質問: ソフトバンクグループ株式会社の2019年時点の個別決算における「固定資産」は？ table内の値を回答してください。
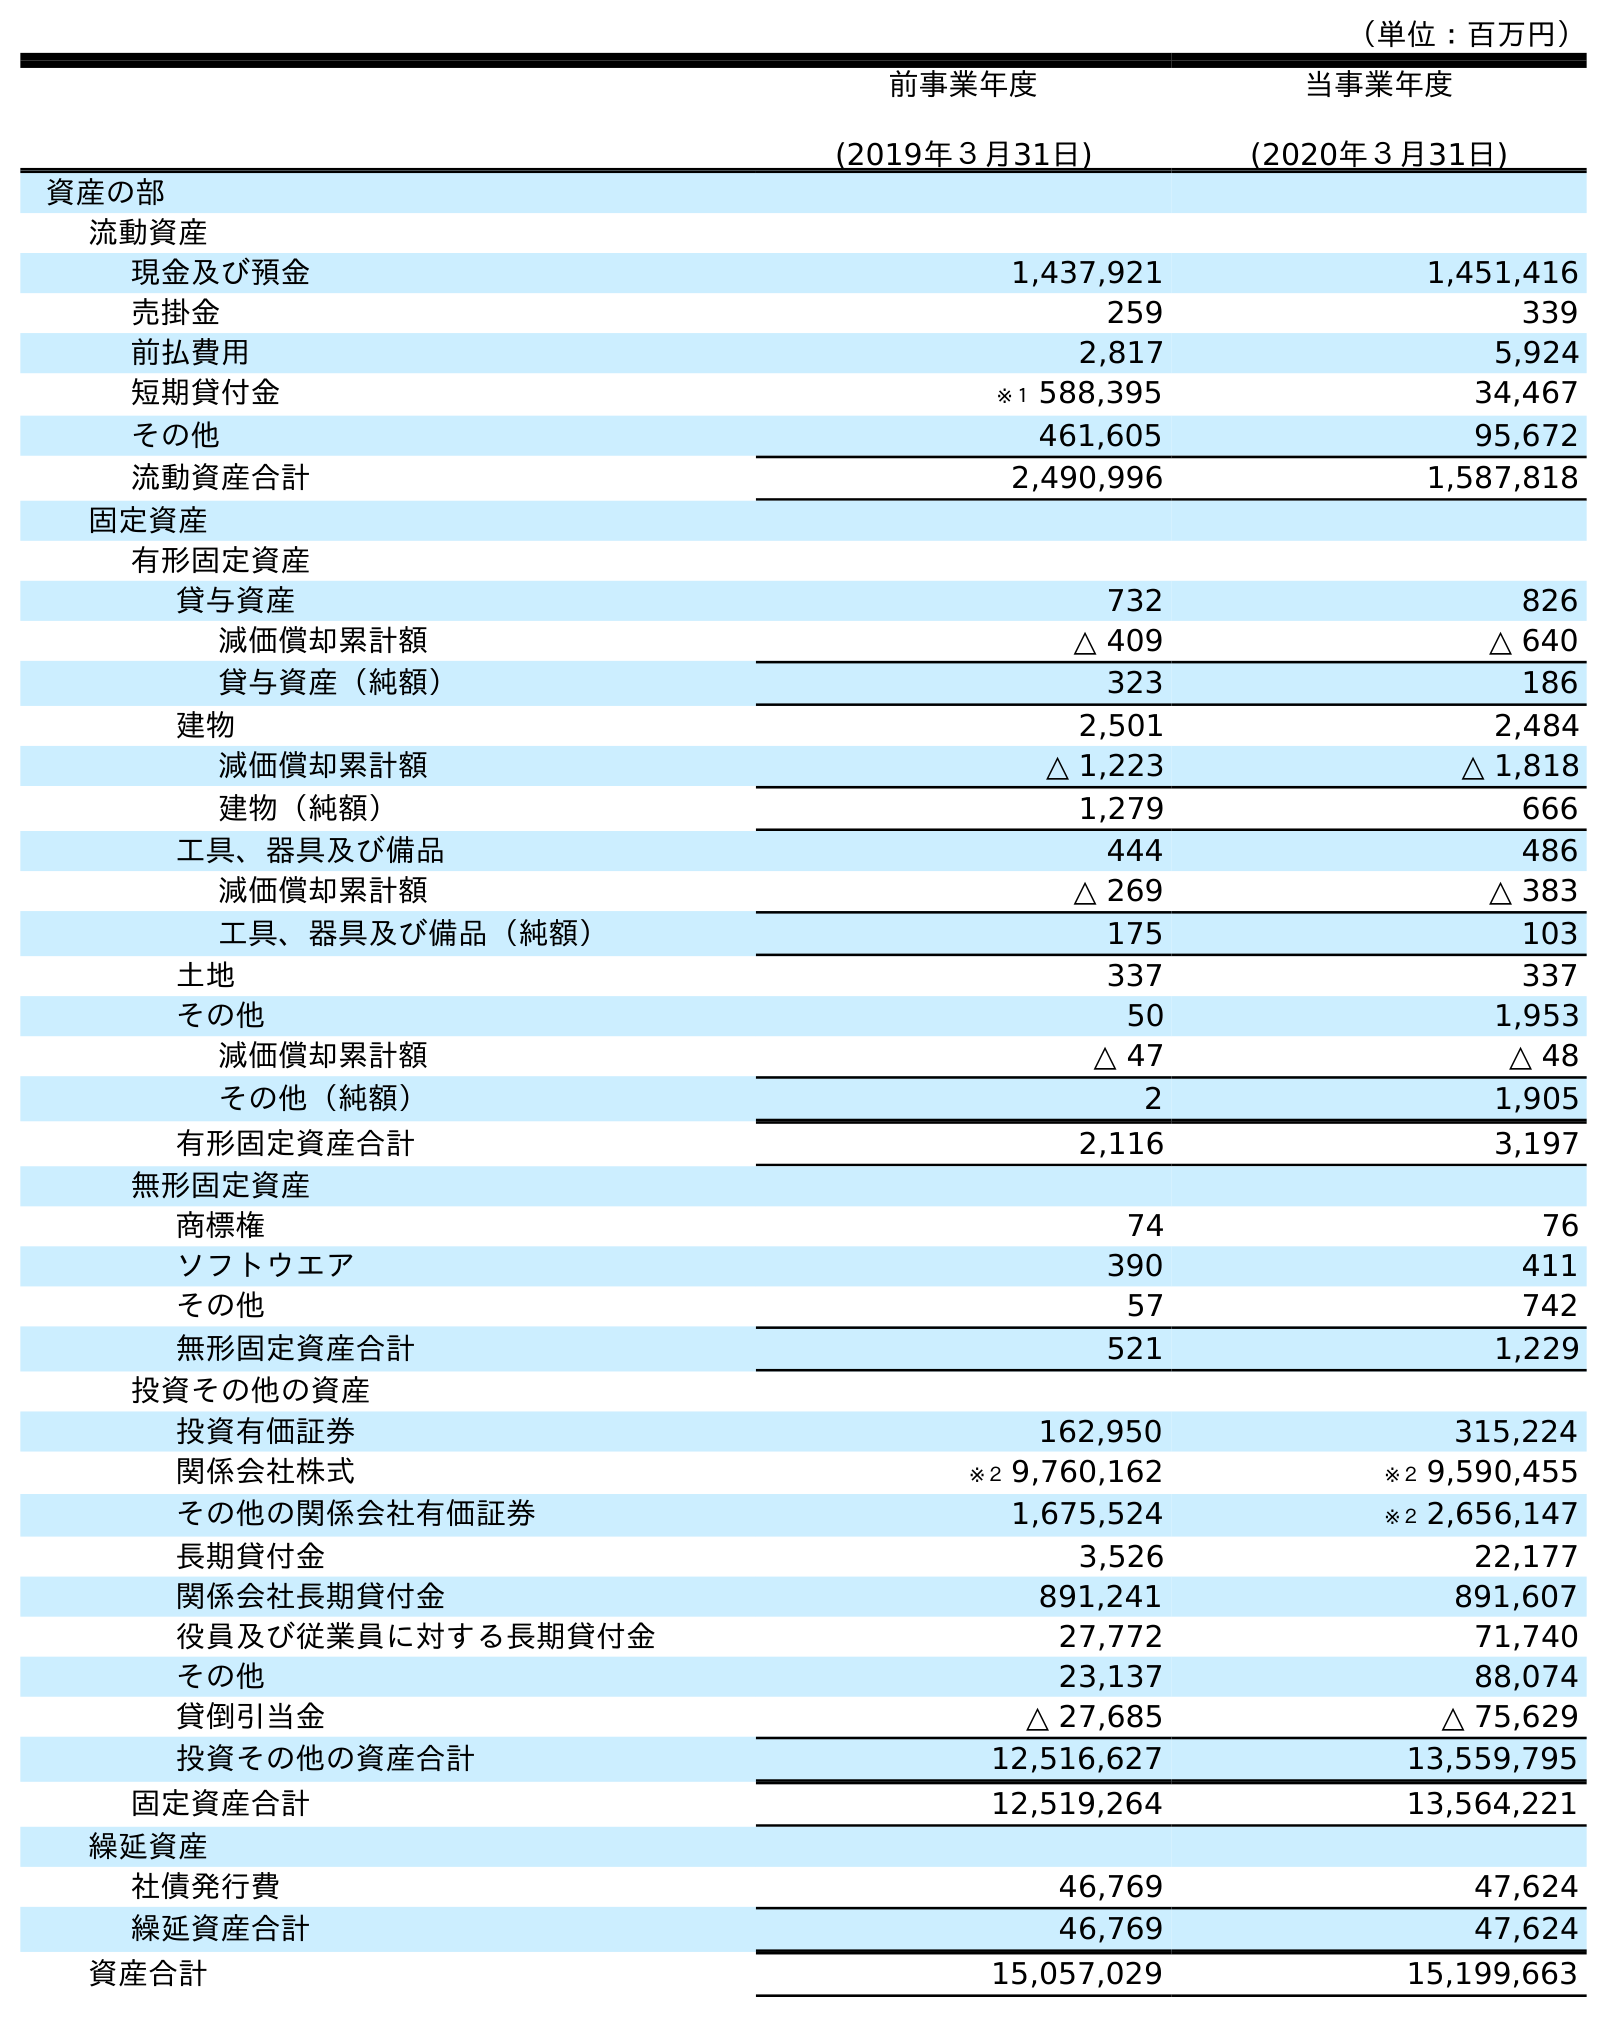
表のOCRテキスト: （単位：百万円） 前事業年度 (2019年３月31日) 当事業年度 (2020年３月31日) 資産の部 流動資産 現金及び預金 1,437,921 1,451,416 売掛金 259 339 前払費用 2,817 5,924 短期貸付金 ※１ 588,395 34,467 その他 461,605 95,672 流動資産合計 2,490,996 1,587,818 固定資産 有形固定資産 貸与資産 732 826 減価償却累計額 △ 409 △ 640 貸与資産（純額） 323 186 建物 2,501 2,484 減価償却累計額 △ 1,223 △ 1,818 建物（純額） 1,279 666 工具、器具及び備品 444 486 減価償却累計額 △ 269 △ 383 工具、器具及び備品（純額） 175 103 土地 337 337 その他 50 1,953 減価償却累計額 △ 47 △ 48 その他（純額） 2 1,905 有形固定資産合計 2,116 3,197 無形固定資産 商標権 74 76 ソフトウエア 390 411 その他 57 742 無形固定資産合計 521 1,229 投資その他の資産 投資有価証券 162,950 315,224 関係会社株式 ※２ 9,760,162 ※２ 9,590,455 その他の関係会社有価証券 1,675,524 ※２ 2,656,147 長期貸付金 3,526 22,177 関係会社長期貸付金 891,241 891,607 役員及び従業員に対する長期貸付金 27,772 71,740 その他 23,137 88,074 貸倒引当金 △ 27,685 △ 75,629 投資その他の資産合計 12,516,627 13,559,795 固定資産合計 12,519,264 13,564,221 繰延資産 社債発行費 46,769 47,624 繰延資産合計 46,769 47,624 資産合計 15,057,029 15,199,663
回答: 12,519,264